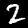
Label: 2